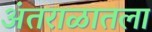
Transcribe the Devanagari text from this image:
अंतराळातला